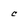
Character: c